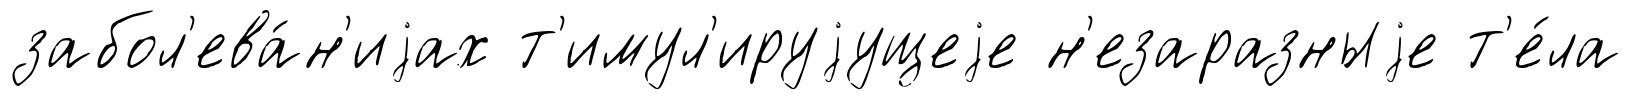
забол'ева́н'иjах т'имул'ируjущеjе н'езаразныjе т'е́ла